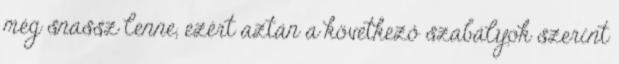
még snassz lenne, ezért aztán a következő szabályok szerint